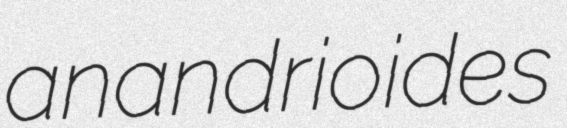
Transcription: anandrioides